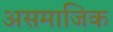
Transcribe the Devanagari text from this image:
असमाजिक